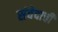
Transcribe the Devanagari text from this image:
संवेदाची